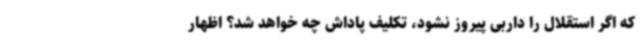
که اگر استقلال را داربی پیروز نشود، تکلیف پاداش چه خواهد شد؟ اظهار